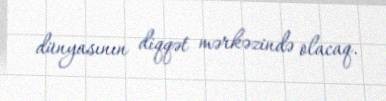
dünyasının diqqət mərkəzində olacaq.